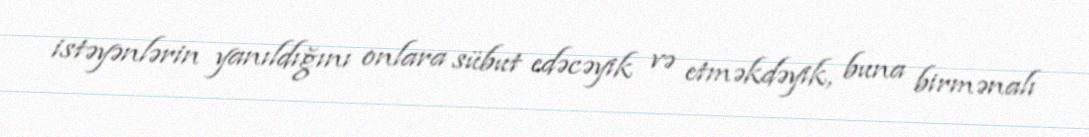
istəyənlərin yanıldığını onlara sübut edəcəyik və etməkdəyik, buna birmənalı